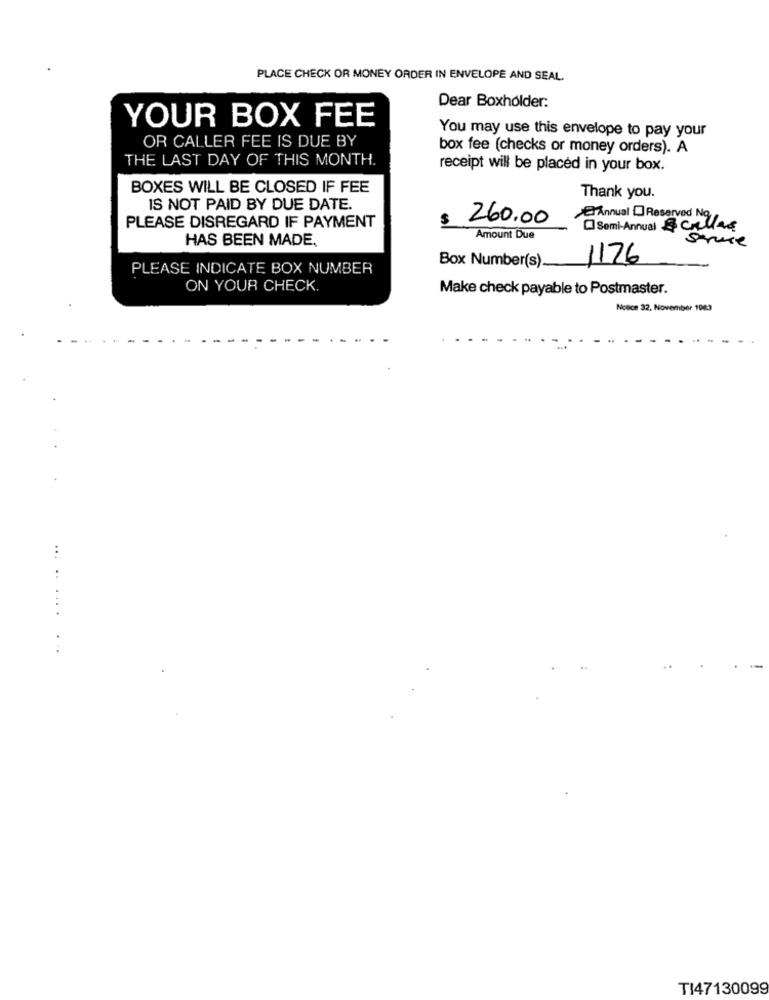
PLACE CHECK OR MONEY ORDER IN ENVELOPE AND SEAL.
Dear Boxholder:
YOUR BOX FEE
OR CALLER FEE IS DUE BY
You may use this envelope to pay your
box fee (checks or money orders). A
THE LAST DAY OF THIS MONTH.
receipt will be placed in your box.
BOXES WILL BE CLOSED IF FEE
Thank you.
IS NOT PAID BY DUE DATE.
PLEASE DISREGARD IF PAYMENT
$
260.00
Annual Reserved No.
[] Semi-Annual &cillas
HAS BEEN MADE.
Amount Due
sauce
1176
PLEASE INDICATE BOX NUMBER
Box Number(s).
ON YOUR CHECK.
Make check payable to Postmaster.
Notice 32. November 1983
...
..
..
..
TI47130099